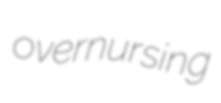
overnursing